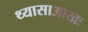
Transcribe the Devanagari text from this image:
थ्यासाआखः